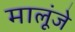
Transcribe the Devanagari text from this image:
मालूंजे